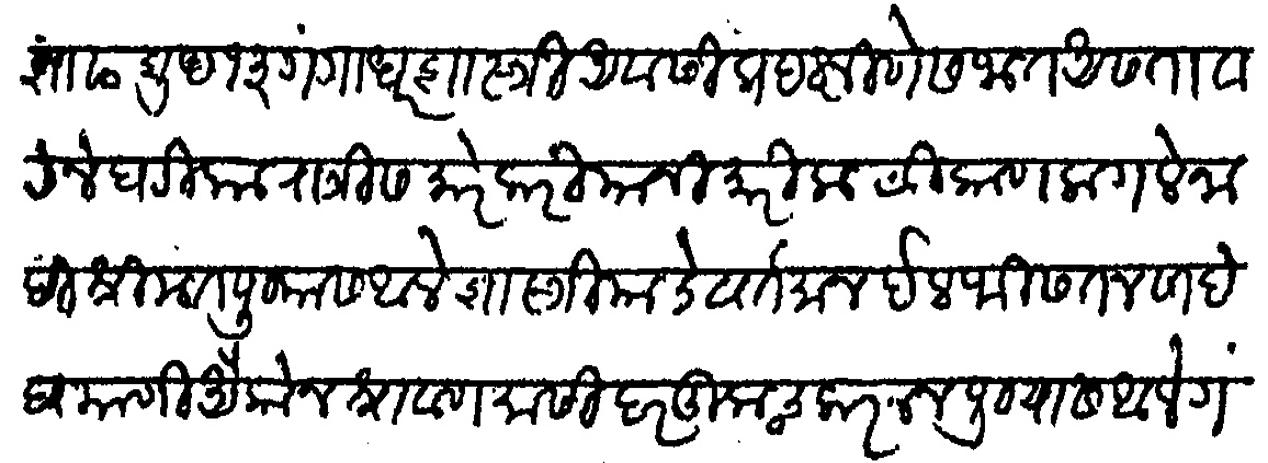
Transliteration (Devanagari): आषाढ शुध १३ गंगाधरशास्त्री अवसीस प्रदक्षणेस जात असता वाटेने घटिका रात्रीस मारेकरी यांनी मारीला ठिकाण लागले नाही श्रीमत पुण्यास आले शास्त्री याचे वर्तमान ईलफिसतन साहेब याणी औकोन श्रावण मासी दरकूच करून पुण्यास आले गंगाधर